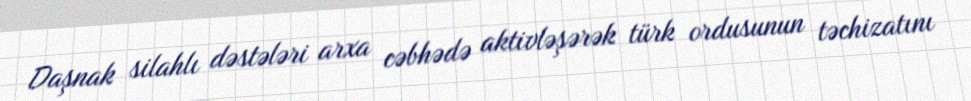
Daşnak silahlı dəstələri arxa cəbhədə aktivləşərək türk ordusunun təchizatını